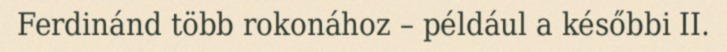
Ferdinánd több rokonához – például a későbbi II.